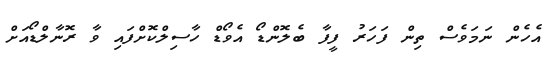
އެހެން ނަމަވެސް ތިން ފަހަރު ފީފާ ބެލޮންޑޯ އެވޯޑް ހާސިލްކޮށްފައި ވާ ރޮނާލްޑޯއަށް